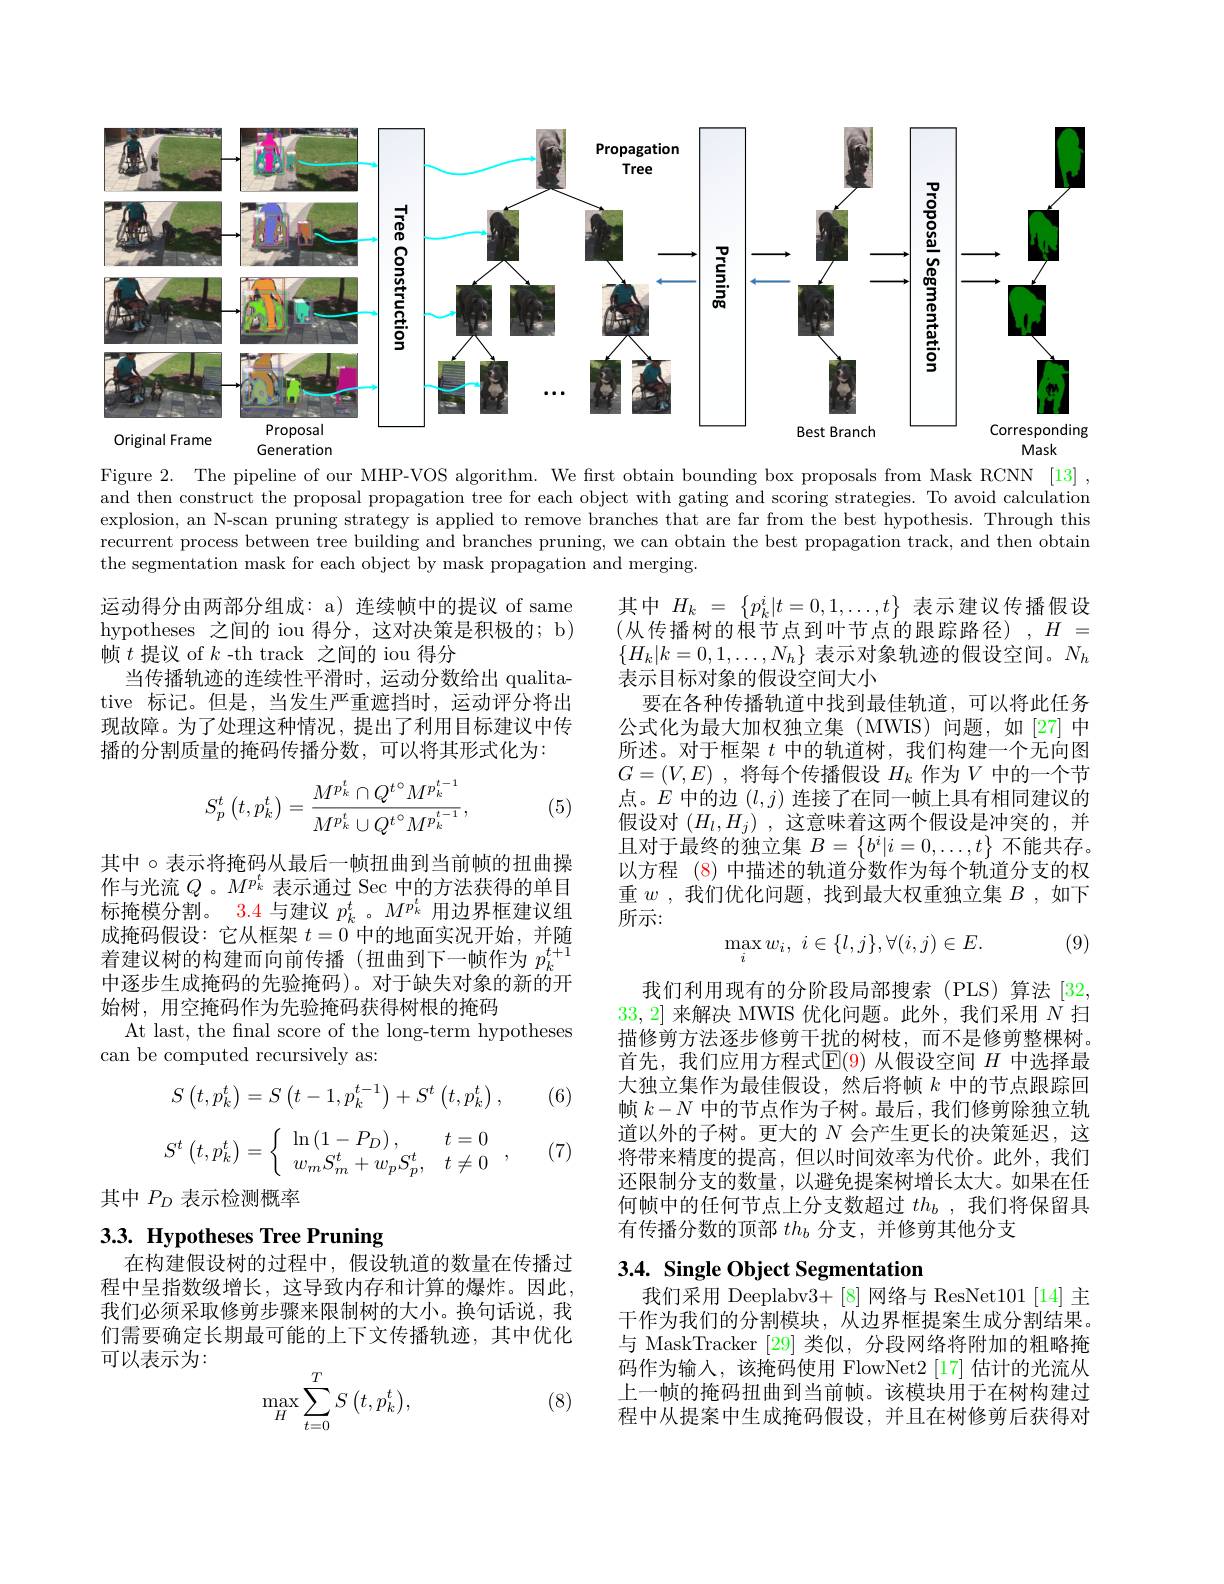
<FigureHere>
Original Frame

Mask

Generation

Figure 2. The pipeline of our MHP-VOS algorithm. We first obtain bounding box proposals from Mask RCNN [13] , and then construct the proposal propagation tree for each object with gating and scoring strategies. To avoid calculation explosion, an N-scan pruning strategy is applied to remove branches that are far from the best hypothesis. Through this recurrent process between tree building and branches pruning, we can obtain the best propagation track, and then obtain the segmentation mask for each object by mask propagation and merging.

运动得分由两部分组成：a) 连续帧中的提议 of same hypotheses 之间的 iou 得分，这对决策是积极的；b) 帧$t$提议 of $k$ -th track 之间的 iou 得分
当传播轨迹的连续性平滑时，运动分数给出 qualitative 标记。但是，当发生严重遮挡时，运动评分将出现故障。为了处理这种情况，提出了利用目标建议中传播的分割质量的掩码传播分数，可以将其形式化为：

其中$H_k=\{p_k^i|t=0,1,\ldots,t\}$表示建议传播假设$$($从传播树的根节点到叶节点的跟踪路径),H=$ $\{H_{k}|k=0,1,\ldots,N_{h}\}$表示对象轨迹的假设空间。$N_h$ 表示目标对象的假设空间大小
要在各种传播轨道中找到最佳轨道，可以将此任务公式化为最大加权独立集(MWIS)问题，如[27]中所述。对于框架$t$中的轨道树，我们构建一个无向图$G= ( V, E)$ , 将每个传播假设 $H_k$ 作为$V$ 中的一个节点。$E$中的边$(l,j)$连接了在同一帧上具有相同建议的假设对$(H_l,H_j)$ ,这意味着这两个假设是冲突的，并且对于最终的独立集$B=\left\{b^i|i=0,\ldots,t\right\}$不能共存。以方程 (8) 中描述的轨道分数作为每个轨道分支的权重$w$ ,我们优化问题，找到最大权重独立集$B$ ,如下所示：
$$S_p^t\left(t,p_k^t\right)=\frac{M^{p_k^t}\cap Q^t{}^\circ M^{p_k^{t-1}}}{M^{p_k^t}\cup Q^t{}^\circ M^{p_k^{t-1}}},$$
(5)

(9)

其中 $\circ$表示将掩码从最后一帧扭曲到当前帧的扭曲操作与光流$Q$ 。$M^{p_k^t}$表示通过 Sec 中的方法获得的单目标掩模分割。3.4与建议$p_k^t$ 。$M^{p_k^t}$用边界框建议组成掩码假设：它从框架$t=0$中的地面实况开始，并随着建议树的构建而向前传播(扭曲到下一帧作为$p_k^{t+1}$ 中逐步生成掩码的先验掩码)。对于缺失对象的新的开始树，用空掩码作为先验掩码获得树根的掩码
At last, the fnal score of the long-term hypotheses
$$\max_iw_i,\:i\in\{l,j\},\forall(i,j)\in E.$$
can be computed recursively as:

(6)

我们利用现有的分阶段局部搜索(PLS)算法[32, 33,2]来解决 MWIS 优化问题。此外，我们采用$\dot{N}$扫描修剪方法逐步修剪干扰的树枝，而不是修剪整棵树。首先，我们应用方程式$\operatorname{E}(\color{red}{9})$从假设空间$H$中选择最大独立集作为最佳假设，然后将帧$k$中的节点跟踪回帧$k-N$中的节点作为子树。最后，我们修剪除独立轨道以外的子树。更大的$N$会产生更长的决策延迟，这将带来精度的提高，但以时间效率为代价。此外，我们还限制分支的数量，以避免提案树增长太大。如果在任何帧中的任何节点上分支数超过$th_b$ ,我们将保留具有传播分数的顶部$th_b$分支，并修剪其他分支
$$S\begin{pmatrix}t,p_k^t\end{pmatrix}=S\begin{pmatrix}t-1,p_k^{t-1}\end{pmatrix}+S^t\begin{pmatrix}t,p_k^t\end{pmatrix},$$
$$S^t\left(t,p_k^t\right)=\left\{\begin{array}{ll}\ln\left(1-P_D\right),&t=0\\w_mS_m^t+w_pS_p^t,&t\neq0\end{array}\right.,$$
(7)

其中$P_D$表示检测概率

# 3.3. Hypotheses Tree Pruning

# 3.4. Single Object Segmentation

在构建假设树的过程中，假设轨道的数量在传播过程中呈指数级增长，这导致内存和计算的爆炸。因此， 我们必须采取修剪步骤来限制树的大小。换句话说，我们需要确定长期最可能的上下文传播轨迹，其中优化可以表示为：
$$\max\limits_{H}\sum\limits_{t=0}^{T}S\begin{pmatrix}t,p_{k}^{t}\end{pmatrix},$$
我们采用 Deeplabv3+[8]网络与 ResNet101[14]主干作为我们的分割模块，从边界框提案生成分割结果。与 MaskTracker [29]类似，分段网络将附加的粗略掩码作为输入，该掩码使用 FlowNet2[17] 估计的光流从上一帧的掩码扭曲到当前帧。该模块用于在树构建过程中从提案中生成掩码假设，并且在树修剪后获得对

(8)